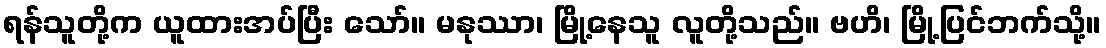
ရန်သူတို့က ယူထားအပ်ပြီး သော်။ မနုဿာ၊ မြို့နေသူ လူတို့သည်။ ဗဟိ၊ မြို့ပြင်ဘက်သို့။